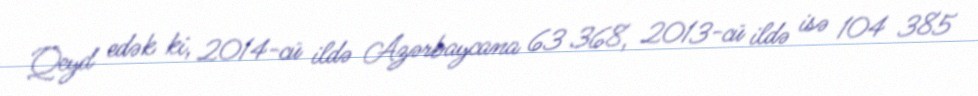
Qeyd edək ki, 2014-cü ildə Azərbaycana 63 368, 2013-cü ildə isə 104 385